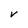
Character: V